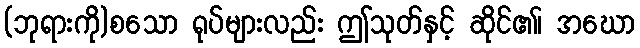
(ဘုရားကို)စသော ရုပ်များလည်း ဤသုတ်နှင့် ဆိုင်၏၊ အဃော